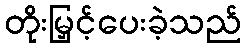
တိုးမြှင့်ပေးခဲ့သည်